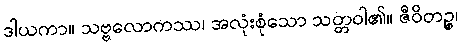
ဒါယကာ။ သဗ္ဗလောကဿ၊ အလုံးစုံသော သတ္တဝါ၏။ ဇီဝိတဉ္စ၊